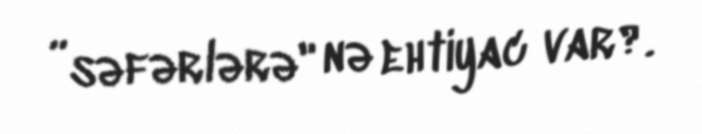
”səfərlərə" nə ehtiyac var?.